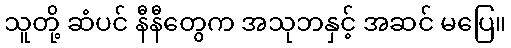
သူတို့ ဆံပင် နီနီတွေက အသုဘနှင့် အဆင် မပြေ။